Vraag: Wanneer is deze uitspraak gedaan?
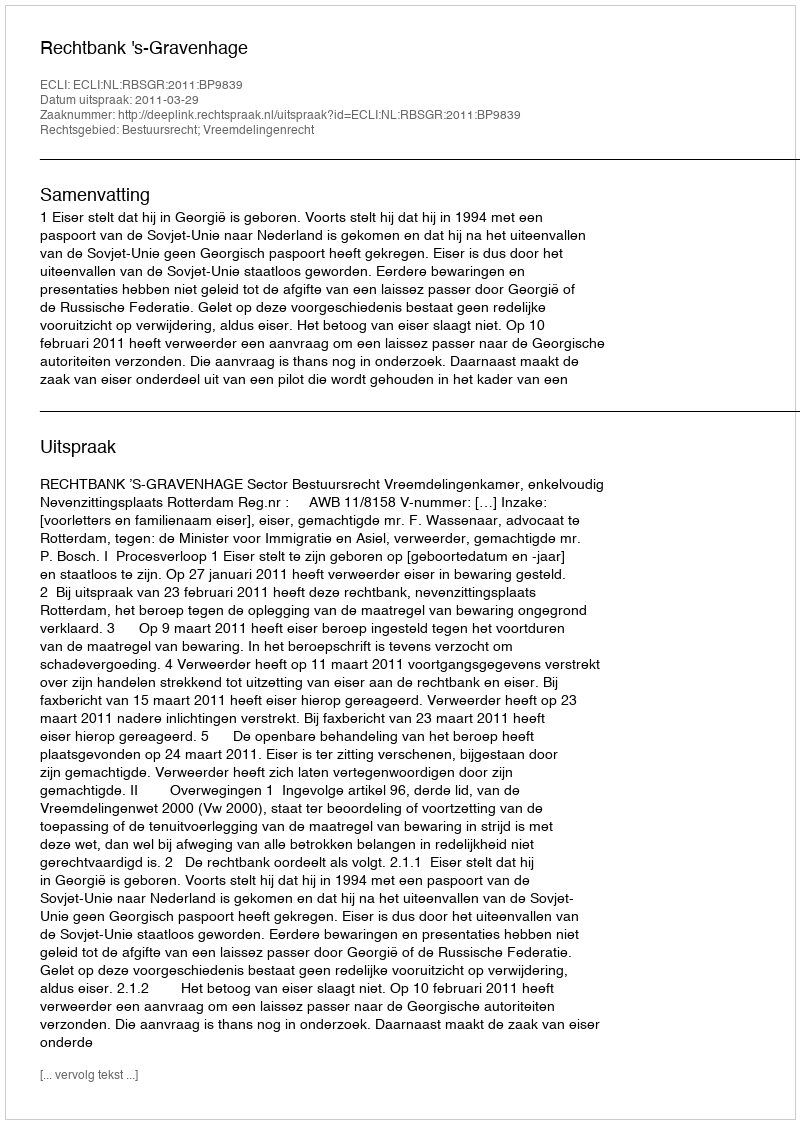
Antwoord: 2011-03-29